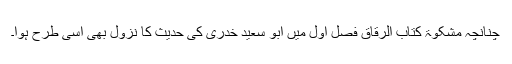
چنانچہ مشکوٰۃ کتاب الرقاق فصل اول میں ابو سعید خدری کی حدیث کا نزول بھی اسی طرح ہوا۔